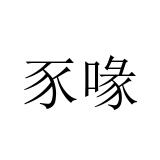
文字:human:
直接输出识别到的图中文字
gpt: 豕喙